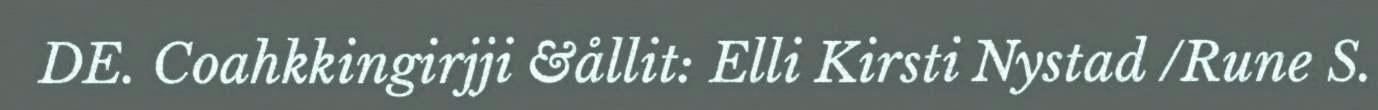
DE. Coahkkingirjji &ållit: Elli Kirsti Nystad /Rune S.